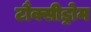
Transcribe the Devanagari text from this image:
टौक्सीड्रोम